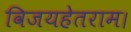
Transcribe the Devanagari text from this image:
विजयहेतराम।